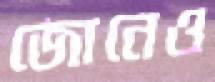
জোনেও